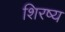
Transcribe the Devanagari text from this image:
शिरष्य